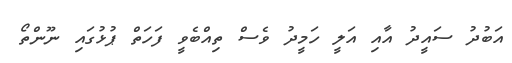
އަބުދު ސައީދު އާއި އަލީ ހަމީދު ވެސް ތިއްބެވީ ފަހަތް ޕުޅުގައި ނޫންތޯ